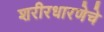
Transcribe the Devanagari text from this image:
शरीरधारणेचे